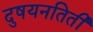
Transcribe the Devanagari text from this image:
दुषयनतिती